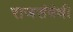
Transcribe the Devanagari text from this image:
राजसंबंधी